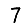
Digit: 7